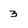
Character: 3